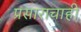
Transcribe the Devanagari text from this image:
प्रसाराचाही